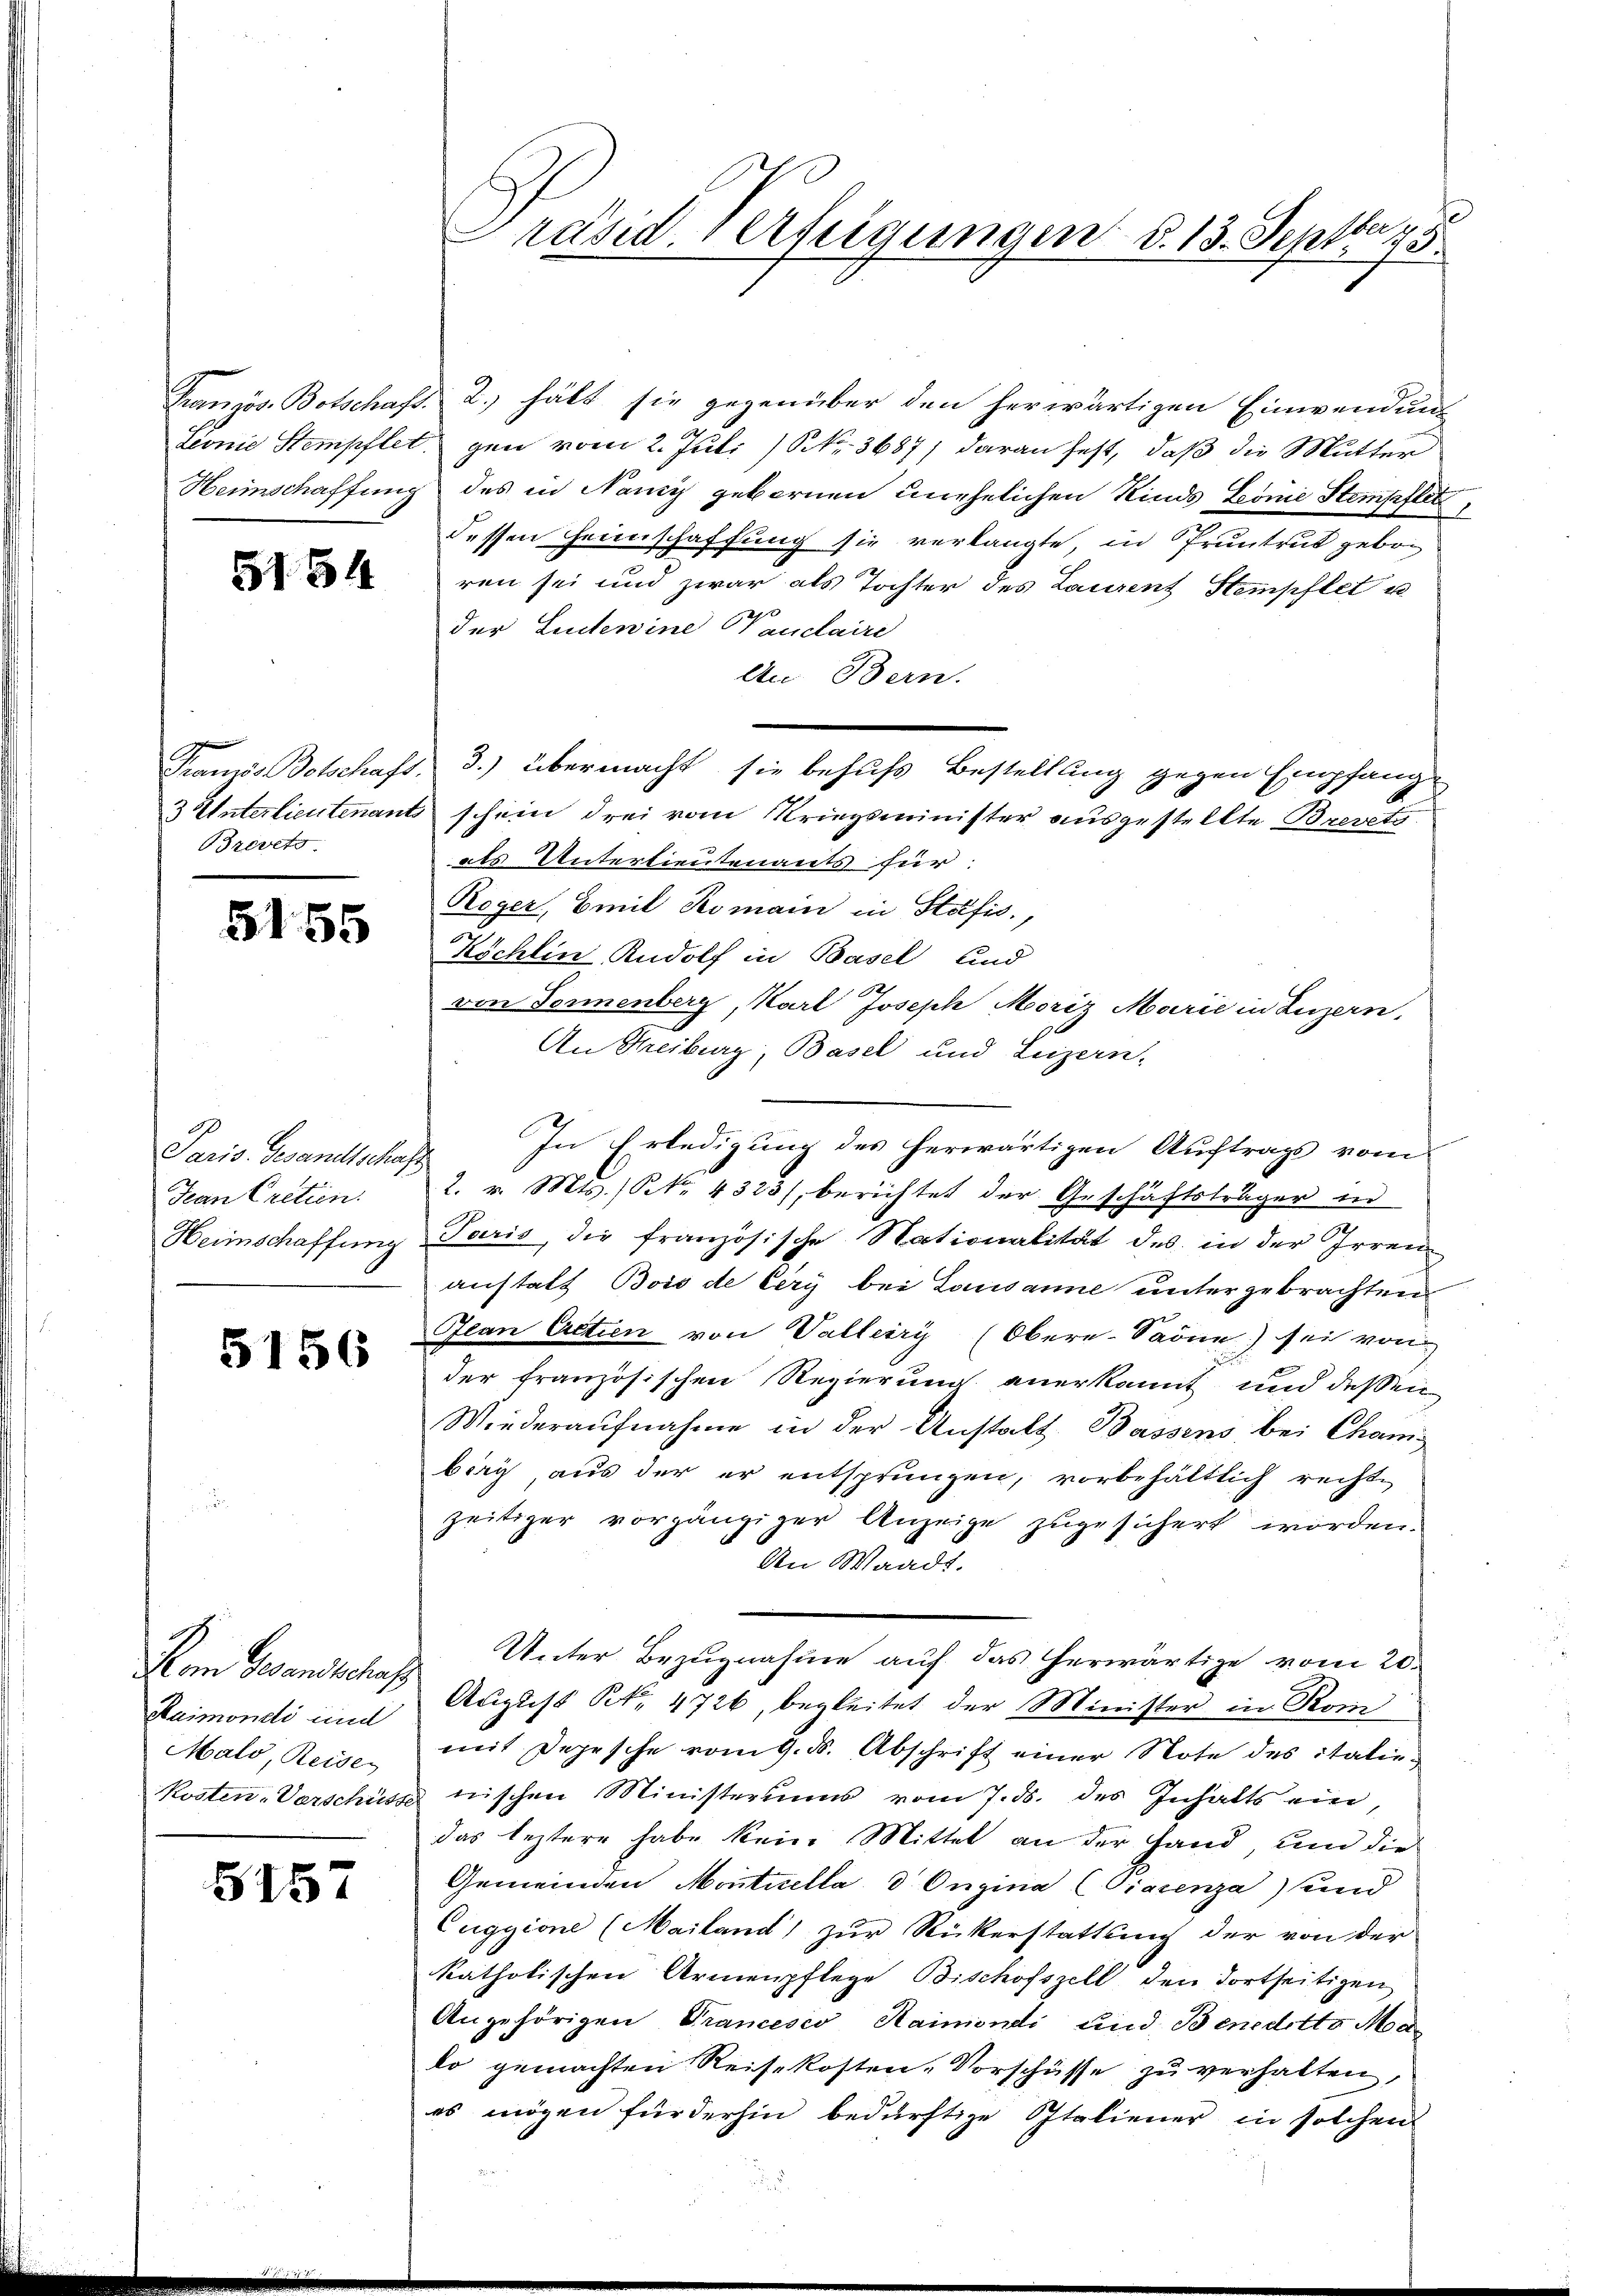
5154

Brevets.

5155

Paris Gesandtschaft
Jean Cretien.
Heimschaffung

5156

m Gesandtschaf
Raimondi und
Malo, Reise
Kosten-Verschüsse

5157

a
Präsid. Verfeigungen d. 13. Sept. 198.

Französ. Botschaft 2., hält sie gegenüber den herwärtigen Einwendung
Lionie Stempflet gen vom 2. Juli / NNo. 3687) daran fest, daß die Mutter
Heimschaffung des in Nany gebornen unehelichen Kinds Linie Stempflet
dessen Heimschaffung sie verlangte, in Pruntrut geboren sei und zwar als Tochter des Laurent Stemphlet u
e
der Luctenine Wandlaire
An Bern.
Franzis Botschaft 3.) übermacht, sie behufs Bestellung gegen Empfang
3 Unterlieutenants schein drei vom Kriegsminister ausgestellte Brevets-
als Unterlieutenants für:
Roger, Emil Komain in Stafis.,
Köchlin Rudolf in Basel und
von Formenberg, Karl Joseph Moriz Marie in Luzern,
An Freiburg, Basel und Luzern,
In Erledigung des herwärtigen Auftrags vom
2. v. Mts. (NNo. 4323), berichtet der Geschäftsträger in
Paris, die französische Nationalität des in der Irren
anstatt Bois de Cery bei Lausanne untergebrachten
Jean Actien von Vallerry (Obere-Saöne) sei von
der französischen Regierung anerkannt und deßen
Wiederaŭfnahme in der Anstalt Bassens bei Chamberg aus der er entsprungen, vorbehältlich recht-
zeitiger vorgängiger Anzeige zugesichert worden.
An Waadt.
Unter Bezugnahme auf das herwärtige vom 20.
August No. 4726, begleitet der Minister in Rom
mit Depesche vom 9. ds. Abschrift einer Note des italie-
nischen Ministeriums vom 7. ds. des Inhalts ein,
das leztere habe kein Mittel an der Hand, und die
Gemeinden Montuella d Ongina (Ciacenza und
Cuggione (Mailand) zur Rückerstattung der von der
katholischen Armenpflege Bischofszell den dortseitigen
Angehörigen Trancesco Haimondi und Benedotto Ma
ko gemachten Reisekosten-Vorschüsse zu verhalten,
es mögen fürderhin bedürftige Italiener in solchen